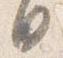
日